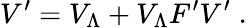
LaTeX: V^{\prime}=V_{\Lambda}+V_{\Lambda}F^{\prime}V^{\prime}\; .